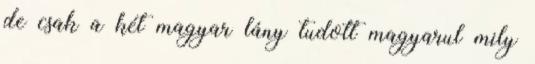
de csak a két magyar lány tudott magyarul mily